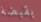
بقبضة